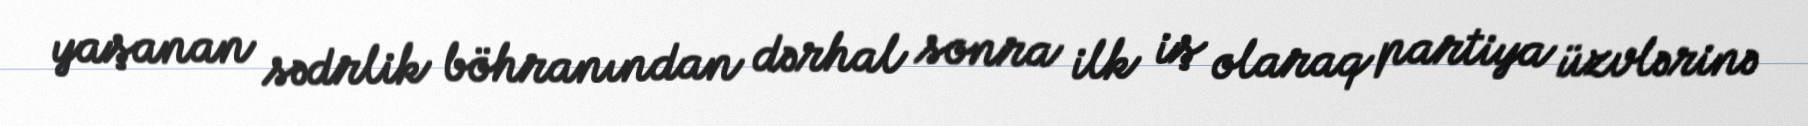
yaşanan sədrlik böhranından dərhal sonra ilk iş olaraq partiya üzvlərinə